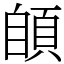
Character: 䫁